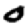
Digit: 0